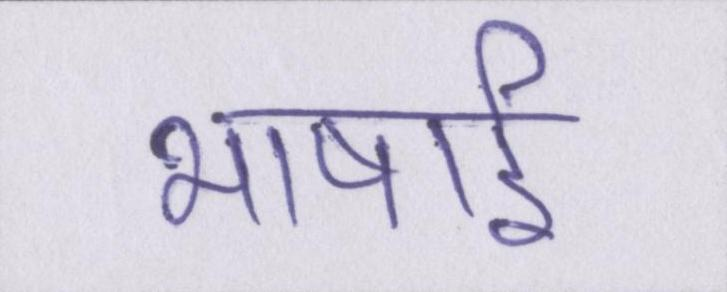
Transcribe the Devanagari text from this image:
भाषाई